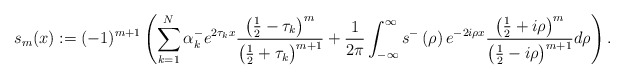
\begin{align*}s_{m}(x):=(-1)^{m+1}\left( \sum_{k=1}^{N}\alpha_{k}^{-}e^{2\tau_{k}x}\frac{\left( \frac{1}{2}-\tau_{k}\right) ^{m}}{\left( \frac{1}{2}+\tau_{k}\right) ^{m+1}}+\frac{1}{2\pi}\int_{-\infty}^{\infty}s^{-}\left(\rho\right) e^{-2i\rho x}\frac{\left( \frac{1}{2}+i\rho\right) ^{m}}{\left( \frac{1}{2}-i\rho\right) ^{m+1}}d\rho\right) . \end{align*}